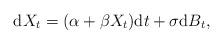
LaTeX: \begin{align*}\mathrm{d}X_{t}=(\alpha+\beta X_{t})\mathrm{d}t+\sigma\mathrm{d}B_{t},\end{align*}